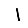
Digit: 1